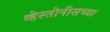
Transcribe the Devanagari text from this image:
व्हेस्तोनीसच्या